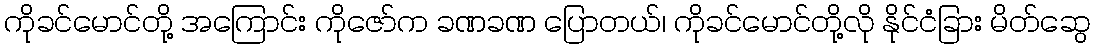
ကိုခင်မောင်တို့ အကြောင်း ကိုဇော်က ခဏခဏ ပြောတယ်၊ ကိုခင်မောင်တို့လို နိုင်ငံခြား မိတ်ဆွေ